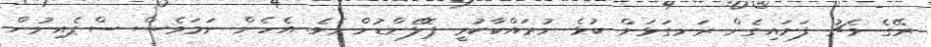
ރޭގެ މެޗު ފަށައިގެން ރަނގަޅަށް ކުޅެ ނުރައްކާކުރީ ޕޮލޭންޑުންނެވެ. އެހެން ނަމަވެސް ސްޕެއިނުން